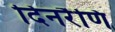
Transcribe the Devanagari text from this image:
दिनरैणि